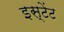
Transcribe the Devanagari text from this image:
इस्टेंट